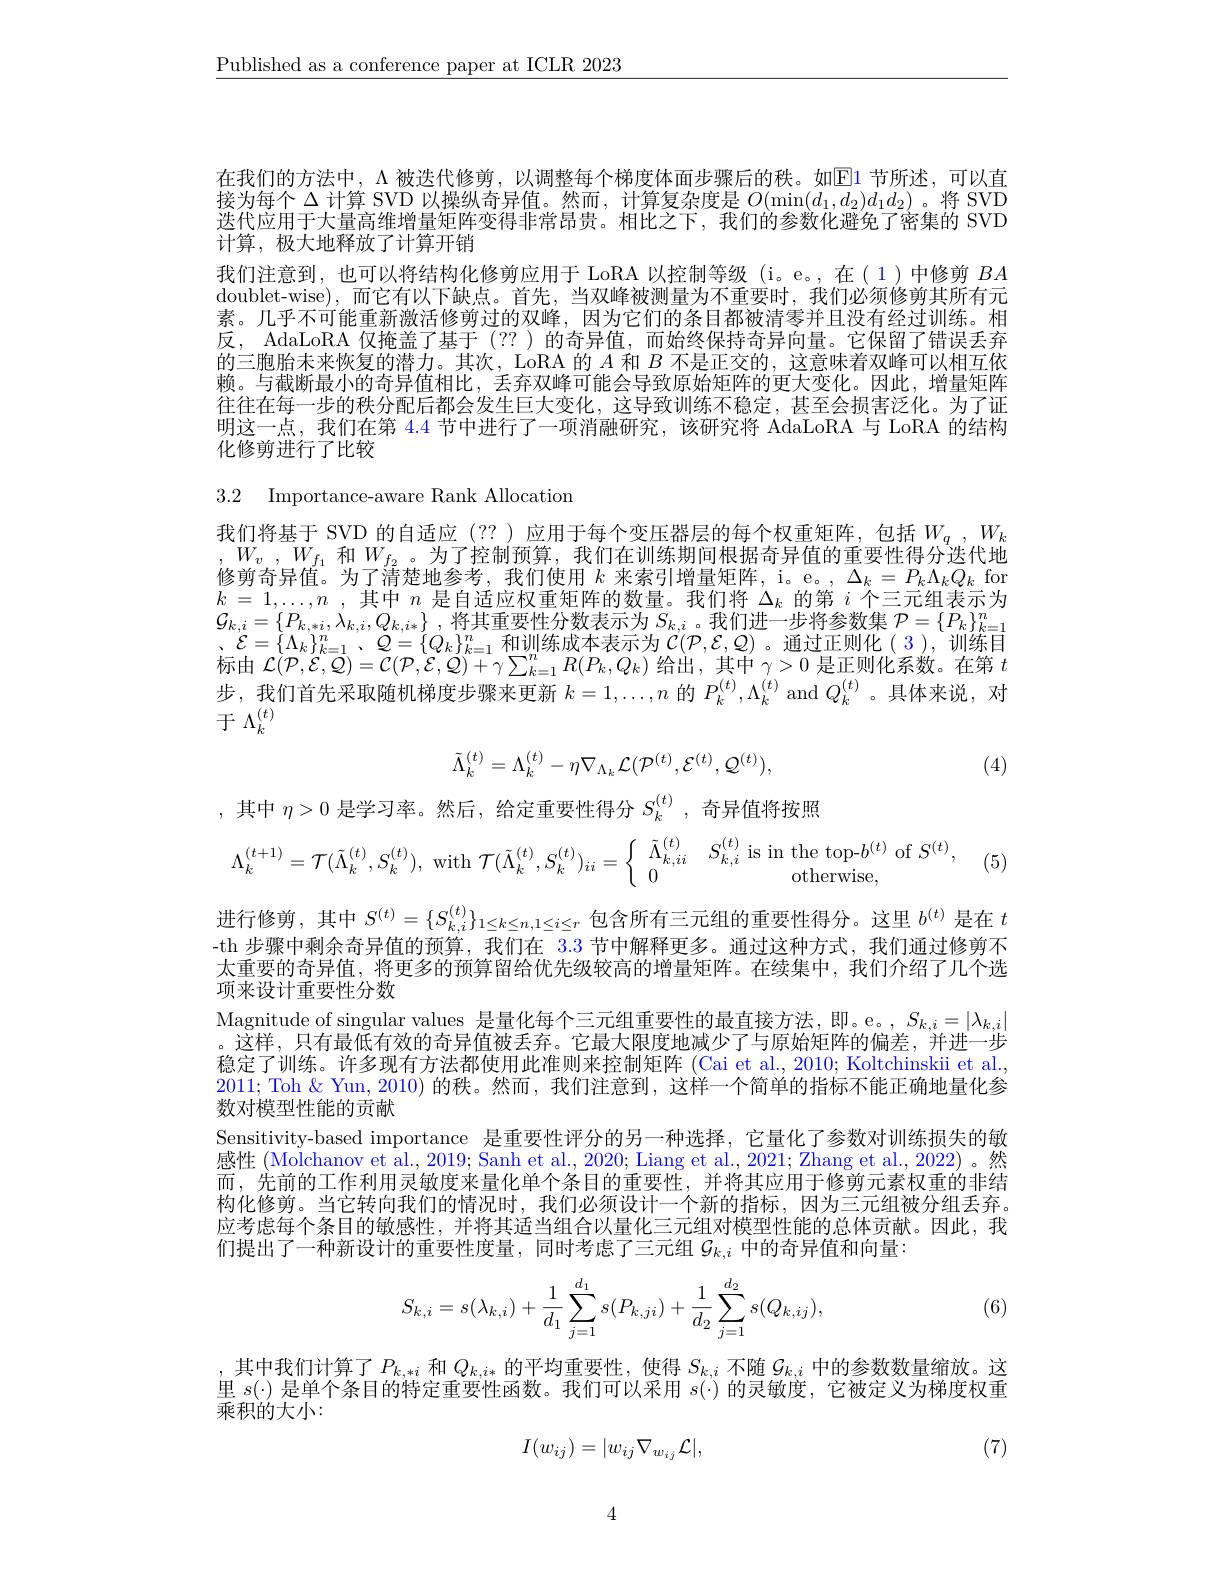
$\underline{\text{Published as a conference paper at ICLR 2023}}$

在我们的方法中，$\Lambda$被迭代修剪，以调整每个梯度体面步骤后的秩。如E1节所述，可以直接为每个$\Delta$计算 SVD 以操纵奇异值。然而，计算复杂度是$O(\min(d_1,d_2)d_1d_2)$。将 SVD 迭代应用于大量高维增量矩阵变得非常昂贵。相比之下，我们的参数化避免了密集的 SVD 计算，极大地释放了计算开销
我们注意到，也可以将结构化修剪应用于 LoRA 以控制等级 (i。e。,在(1)中修剪$BA$ doublet-wise),而它有以下缺点。首先，当双峰被测量为不重要时，我们必须修剪其所有元素。几乎不可能重新激活修剪过的双峰，因为它们的条目都被清零并且没有经过训练。相反，AdaLoRA 仅掩盖了基于 (??)的奇异值，而始终保持奇异向量。它保留了错误丢弃的三胞胎未来恢复的潜力。其次，LoRA 的$A$和$B$不是正交的，这意味着双峰可以相互依赖。与截断最小的奇异值相比，丢弃双峰可能会导致原始矩阵的更大变化。因此，增量矩阵往往在每一步的秩分配后都会发生巨大变化，这导致训练不稳定，甚至会损害泛化。为了证明这一点，我们在第 4.4 节中进行了一项消融研究，该研究将 AdaLoRA 与 LoRA 的结构化修剪进行了比较

3.2 Importance-aware Rank Allocation
我们将基于 SVD 的自适应 (??)应用于每个变压器层的每个权重矩阵，包括 $W_q,W_k,W_v,W_{f_1}$ 和$W_{f_2}$。为了控制预算，我们在训练期间根据奇异值的重要性得分迭代地修剪奇异值。为了清楚地参考，我们使用$k$来索引增量矩阵，i。e。, $\Delta_k=P_k\Lambda_kQ_k$ for $k=1,\ldots,n$ ,其中$n$是自适应权重矩阵的数量。我们将$\Delta_k$的第$i$个三元组表示为$\mathcal{G} _{k, i}= \{ P_{k, * i}, \lambda _{k, i}, Q_{k, i* }\}$ ,将其重要性分数表示为$S_k,i$。我们进一步将参数集 $\mathcal{P}=\{P_k\}_k=1^n$ 标由$\mathcal{L}(\mathcal{P},\mathcal{E},\mathcal{Q})=\mathcal{C}(\mathcal{P},\mathcal{E},\mathcal{Q})+\gamma\sum_{k=1}^{n}R(P_{k},Q_{k})$给出，其中$\gamma>0$是正则化系数。在第$t$ 步，我们首先采取随机梯度步骤来更新$k=1,\ldots,n$的$P_k^{(t)},\Lambda_k^{(t)}$ and $Q_k^{(t)}$ 。具体来说，对于$\Lambda_k^{(t)}$
$$\tilde{\Lambda}_{k}^{(t)}=\Lambda_{k}^{(t)}-\eta\nabla_{\Lambda_{k}}\mathcal{L}(\mathcal{P}^{(t)},\mathcal{E}^{(t)},\mathcal{Q}^{(t)}),$$
(4)
,其中$\eta>0$是学习率。然后，给定重要性得分$S_k^{(t)}$,奇异值将按照

(5)
$$\Lambda_{k}^{(t+1)}=\mathcal{T}(\bar{\Lambda}_{k}^{(t)},S_{k}^{(t)}),\text{with}\mathcal{T}(\bar{\Lambda}_{k}^{(t)},S_{k}^{(t)})_{ii}=\left\{\begin{array}{cc}\tilde{\Lambda}_{k,ii}^{(t)}&S_{k,i}^{(t)}\text{is in the top-}b^{(t)}\text{of}S^{(t)},\\0&\text{otherwise},\end{array}\right.$$
进行修剪，其中$S^{(t)}=\{S_{k,i}^{(t)}\}_{1\leq k\leq n,1\leq i\leq r}$包含所有三元组的重要性得分。这里$b^{(t)}$是在$t$ -th 步骤中剩余奇异值的预算，我们在 3.3 节中解释更多。通过这种方式，我们通过修剪不太重要的奇异值，将更多的预算留给优先级较高的增量矩阵。在续集中，我们介绍了几个选项来设计重要性分数
Magnitude of singular values 是量化每个三元组重要性的最直接方法，即。e。$,S_{k,i}=|\lambda_{k,i}|$ 。这样，只有最低有效的奇异值被丢弃。它最大限度地减少了与原始矩阵的偏差，并进一步稳定了训练。许多现有方法都使用此准则来控制矩阵 (Cai et al., 2010; Koltchinskii et al. 2011; Toh $\&$ Yun, 2010)的秩。然而，我们注意到，这样一个简单的指标不能正确地量化参数对模型性能的贡献
Sensitivity-based importance 是重要性评分的另一种选择，它量化了参数对训练损失的敏感性 (Molchanov et al., 2019; Sanh et al., 2020; Liang et al., 2021; Zhang et al., 2022) 。然而，先前的工作利用灵敏度来量化单个条目的重要性，并将其应用于修剪元素权重的非结构化修剪。当它转向我们的情况时，我们必须设计一个新的指标，因为三元组被分组丢弃。应考虑每个条目的敏感性，并将其适当组合以量化三元组对模型性能的总体贡献。因此，我们提出了一种新设计的重要性度量，同时考虑了三元组$\mathcal{G}_k,i$中的奇异值和向量：
$$\begin{aligned}S_{k,i}=s(\lambda_{k,i})+\frac{1}{d_1}\sum_{j=1}^{d_1}s(P_{k,ji})+\frac{1}{d_2}\sum_{j=1}^{d_2}s(Q_{k,ij}),\end{aligned}$$
(6)

其中我们计算了$P_{k,*i}$和$Q_{k,i*}$的平均重要性，使得$S_k,i$不随$\mathcal{G}_{k,i}$中的参数数量缩放。这$\text{, 六 1 Aillilit J }^{1}k; * i\text{ Ti}^{\prime }k; * i\text{ H }^{\prime }$ Mili $k; \text{ Hil }^{\prime }$ Mili Pik, $k, \text{ Lili }^{\prime }$ Mili Pik, $k, \text{ Lili }^{\prime }$ Mili Pik, $k, \text{ Mili }^{\prime }\text{ Mili }^{\prime }\text{ Mili }^{\prime }\text{ Mili }^{\prime }\text{ Mili }^{\prime }\text{ Mili }^{\prime }\text{ Mili }^{\prime }\text{ Mili }^{\prime }\text{ Mili }^{\prime \prime }$ Mi 乘积的大小：

(7)
$$I(w_{ij})=|w_{ij}\nabla_{w_{ij}}\mathcal{L}|,$$
4